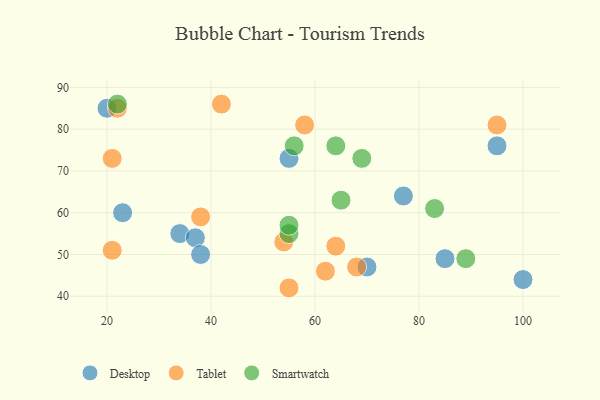
{"axis": {"x": "GDP", "y": "Life Expectancy"}, "legend": ["Desktop", "Smartwatch", "Tablet"], "data": [{"x": "20", "y": 85, "type": "Desktop"}, {"x": "23", "y": 60, "type": "Desktop"}, {"x": "70", "y": 47, "type": "Desktop"}, {"x": "100", "y": 44, "type": "Desktop"}, {"x": "85", "y": 49, "type": "Desktop"}, {"x": "55", "y": 73, "type": "Desktop"}, {"x": "34", "y": 55, "type": "Desktop"}, {"x": "37", "y": 54, "type": "Desktop"}, {"x": "77", "y": 64, "type": "Desktop"}, {"x": "95", "y": 76, "type": "Desktop"}, {"x": "38", "y": 50, "type": "Desktop"}, {"x": "62", "y": 46, "type": "Tablet"}, {"x": "95", "y": 81, "type": "Tablet"}, {"x": "38", "y": 59, "type": "Tablet"}, {"x": "54", "y": 53, "type": "Tablet"}, {"x": "42", "y": 86, "type": "Tablet"}, {"x": "21", "y": 73, "type": "Tablet"}, {"x": "68", "y": 47, "type": "Tablet"}, {"x": "64", "y": 52, "type": "Tablet"}, {"x": "55", "y": 42, "type": "Tablet"}, {"x": "58", "y": 81, "type": "Tablet"}, {"x": "21", "y": 51, "type": "Tablet"}, {"x": "22", "y": 85, "type": "Tablet"}, {"x": "65", "y": 63, "type": "Smartwatch"}, {"x": "64", "y": 76, "type": "Smartwatch"}, {"x": "83", "y": 61, "type": "Smartwatch"}, {"x": "56", "y": 76, "type": "Smartwatch"}, {"x": "55", "y": 55, "type": "Smartwatch"}, {"x": "22", "y": 86, "type": "Smartwatch"}, {"x": "55", "y": 57, "type": "Smartwatch"}, {"x": "89", "y": 49, "type": "Smartwatch"}, {"x": "69", "y": 73, "type": "Smartwatch"}]}